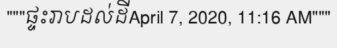
"""ផ្ទះរាបដល់ដីApril 7, 2020, 11:16 AM"""